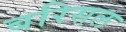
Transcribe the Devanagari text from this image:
बरिसल